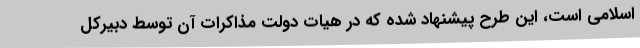
اسلامی است، این طرح پیشنهاد شده که در هیات دولت مذاکرات آن توسط دبیرکل